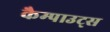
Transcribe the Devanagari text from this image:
कैम्पाउट्स